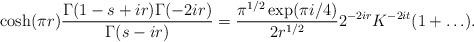
LaTeX: \begin{align*}\cosh(\pi r)\frac{\Gamma(1-s+ir)\Gamma(-2ir)}{\Gamma(s-ir)}=\frac{\pi^{1/2}\exp(\pi i/4)}{2r^{1/2}}2^{-2ir}K^{-2it}(1+\ldots).\end{align*}